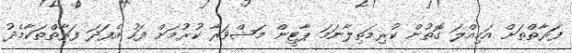
ފަރާތްތަށް އަމިއްލަ ގޮތުން ކުރިމަތިލާނަމަ ޕާޓީން މަޝްވަރާ ކުރުމަށް ފަހު އެފަދަ ފަރާތްތަކާމެދު